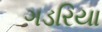
ગડરિયા